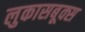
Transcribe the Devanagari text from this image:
लुकासबूक्स